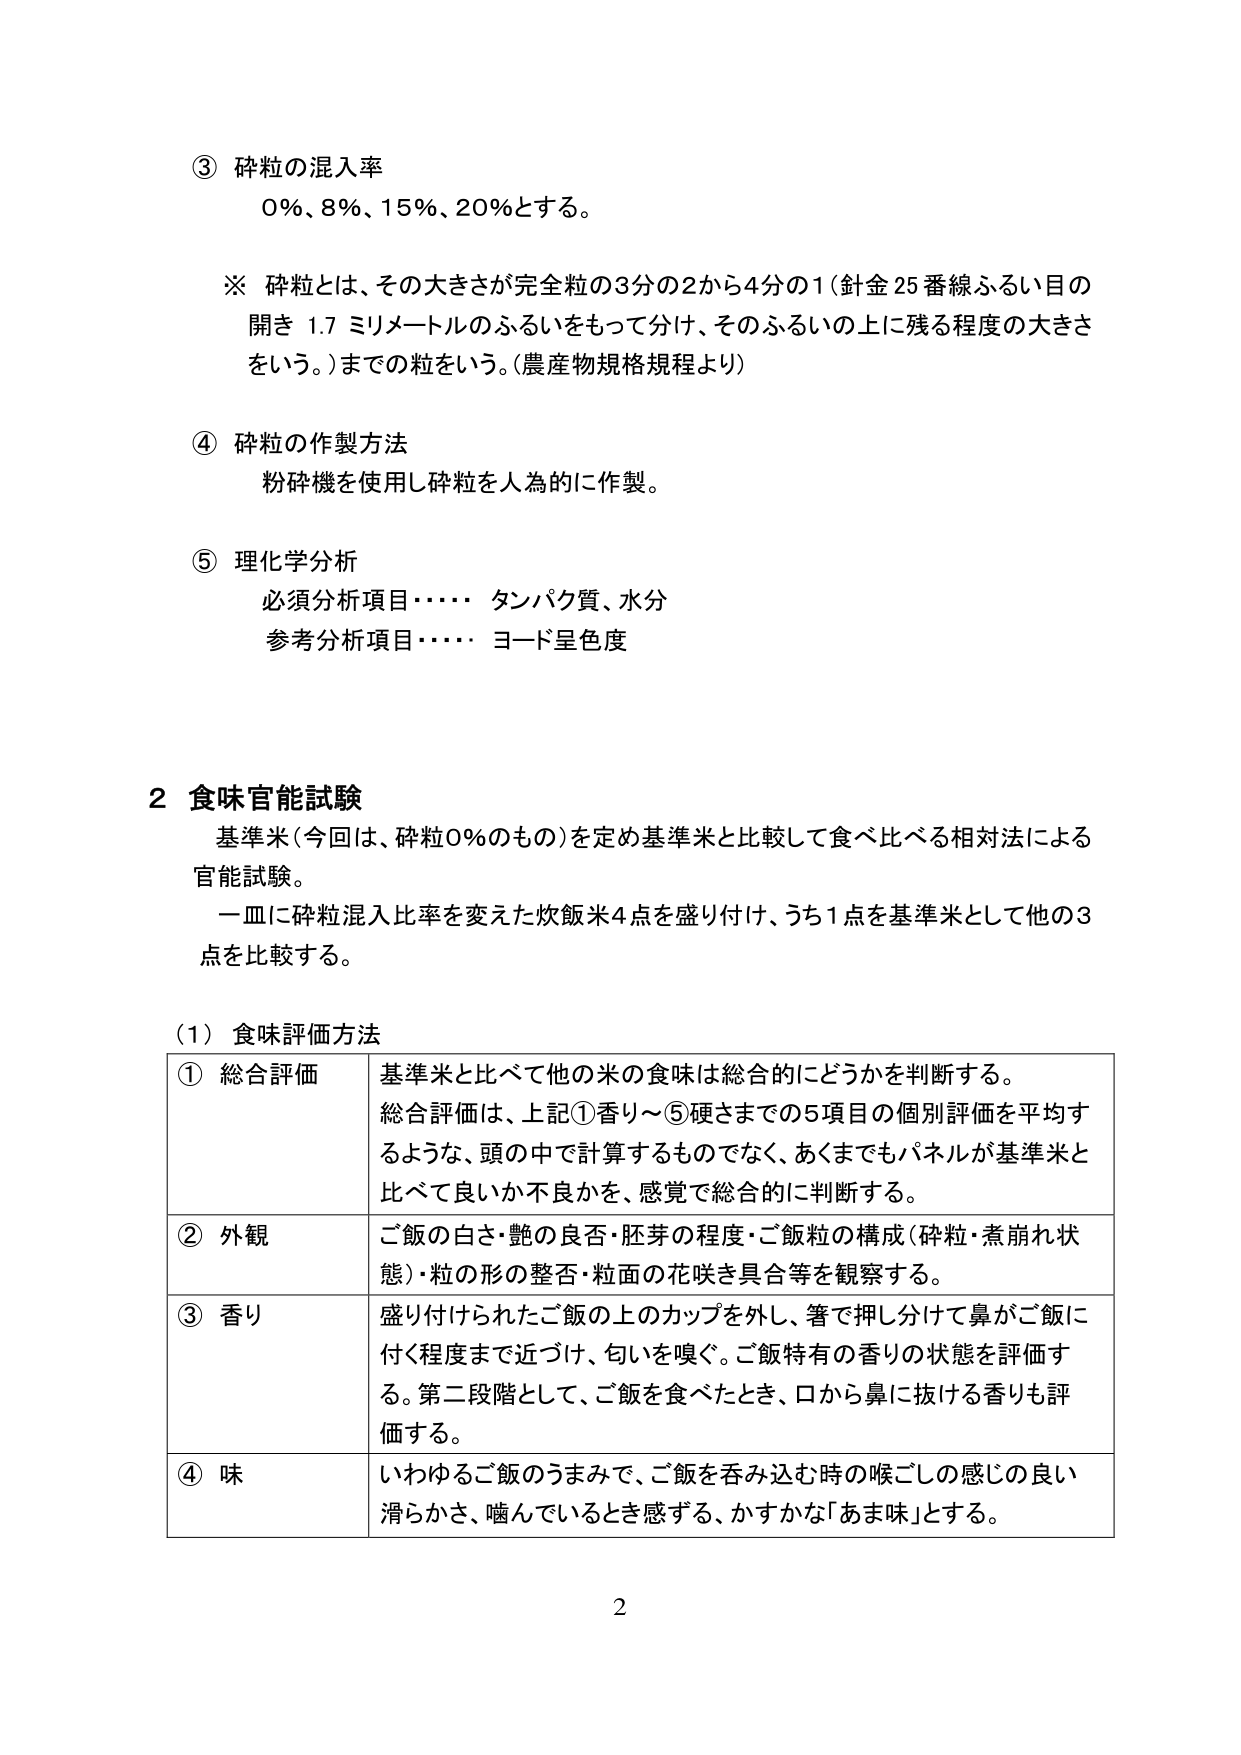
③ 碎粒の混入率
0％、8％、15％、20％とする。

※ 碎粒とは、その大きさが完全粒の3分の2から4分の1（針金25番線ふるい目の開き1.7ミリメートルのふるいをもって分け、そのふるいの上に残る程度の大きさをいう。）までの粒をいう。（農産物規格規程より）

④ 碎粒の作製方法
粉砕機を使用し碎粒を人為的に作製。

⑤ 理化学分析
必須分析項目…… タンパク質、水分
参考分析項目…… ヨード呈色度

2 食味官能試験
基準米（今回は、碎粒0％のもの）を定め基準米と比較して食べ比べる相対法による官能試験。
一皿に碎粒混入比率を変えた炊飯米4点を盛り付け、うち1点を基準米として他の3点を比較する。

（1）食味評価方法
① 総合評価　基準米と比べて他の米の食味は総合的にどうかを判断する。
　　総合評価は、上記①香り～⑤硬さまでの5項目の個別評価を平均するような、頭の中で計算するものではなく、あくまでもパネルが基準米と比べて良いか不良かを、感覚で総合的に判断する。
② 外観　ご飯の白さ・艶の良否・胚芽の程度・ご飯粒の構成（碎粒・煮崩れ状態）・粒の形の整否・粒面の花咲き具合等を観察する。
③ 香り　盛り付けられたご飯の上のカップを外し、箸で押し分けて鼻がご飯に付く程度まで近づけ、匂いを嗅ぐ。ご飯特有の香りの状態を評価する。第二段階として、ご飯を食べたとき、口から鼻に抜ける香りも評価する。
④ 味　いわゆるご飯のうまみで、ご飯を呑み込む時の喉ごしの感じの良い滑らかさ、噛んでいるとき感じる、かすかな「あま味」とする。

2